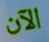
الآن